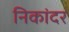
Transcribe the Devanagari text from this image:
निकांदर